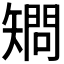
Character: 𥏿